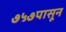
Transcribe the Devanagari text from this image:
७५७पासून